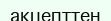
акцепттен